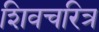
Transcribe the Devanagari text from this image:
शिवचरित्र